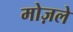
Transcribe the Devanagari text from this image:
मोज़ले